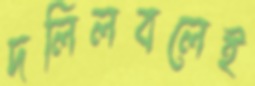
দলিলবলেই